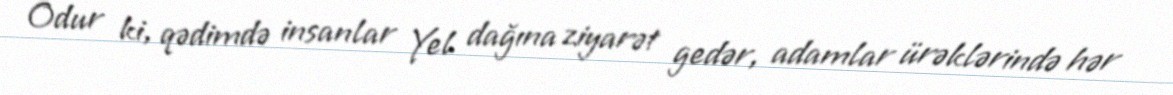
Odur ki, qədimdə insanlar Yel dağına ziyarət gedər, adamlar ürəklərində hər